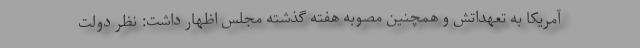
آمریکا به تعهداتش و همچنین مصوبه هفته گذشته مجلس اظهار داشت: نظر دولت